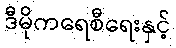
ဒီမိုကရေစီရေးနှင့်